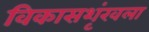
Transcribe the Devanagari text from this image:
विकासशृंखला